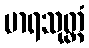
မာရသုတ္တံ